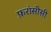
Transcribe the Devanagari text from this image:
फ़रांसीसी